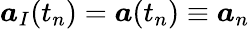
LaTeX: \boldsymbol{a}_{I}(t_{n})=\boldsymbol{a}(t_{n})\equiv\boldsymbol{a}_{n}